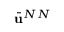
\bar { \mathbf { u } } ^ { N N }